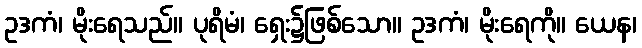
ဥဒကံ၊ မိုးရေသည်။ ပုရိမံ၊ ရှေး၌ဖြစ်သော။ ဥဒကံ၊ မိုးရေကို။ ယေန၊